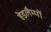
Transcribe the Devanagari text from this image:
हेडलैम्पों